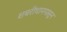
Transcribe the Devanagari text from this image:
शबरीधामपासून